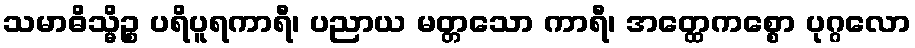
သမာဓိသ္မိဉ္စ ပရိပူရကာရီ၊ ပညာယ မတ္တသော ကာရီ၊ အတ္ထေကစ္စော ပုဂ္ဂလော